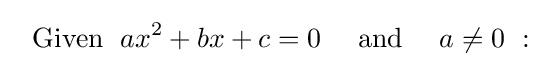
~\mathrm {~Given~} \;ax^{2}+bx+c=0\quad \mathrm {~and~} \quad a\neq 0\ :